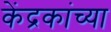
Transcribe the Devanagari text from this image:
केंद्रकांच्या